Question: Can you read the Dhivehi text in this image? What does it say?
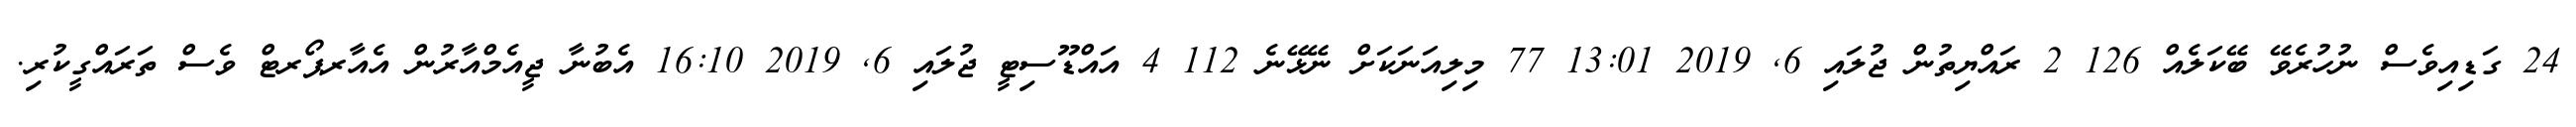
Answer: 24 ގަޑިއިވެސް ނުހުރެވޭ ބޭކަލެއް 126 2 ރައްޔިތުން ޖުލައި 6, 2019 13:01 77 މިލިއަނަކަށް ނޭޅޭނެ 112 4 އައްޑޫސިޓީ ޖުލައި 6, 2019 16:10 އެބުނާ ޖީއެމްއާރުން އެއާރޕޯރޓް ވެސް ތަރައްގީކުރި.